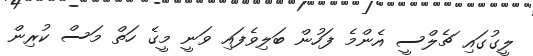
ލީގުގައި ޗެލްސީ އެންމެ ފަހުން ބަލިވެފައި ވަނީ މީގެ ހަތް މަސް ކުރިން